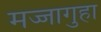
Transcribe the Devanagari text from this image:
मज्जागुहा